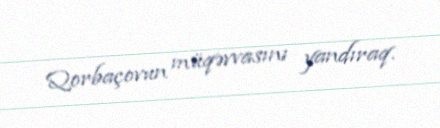
Qorbaçovun müqəvvasını yandıraq.